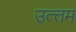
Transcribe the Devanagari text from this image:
उत्त्तम